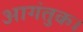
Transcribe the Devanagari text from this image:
आगंतुक।